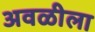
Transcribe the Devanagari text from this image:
अवळीला